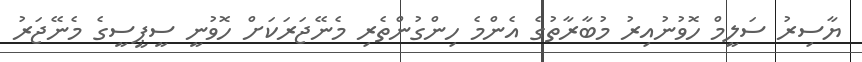
ޔާސިރު ސަލީމް ހޮވުނުއިރު މުބާރާތުގެ އެންމެ ހިންގުންތެރި މެނޭޖަރަކަށް ހޮވުނީ ސީޕީސީގެ މެނޭޖަރު